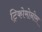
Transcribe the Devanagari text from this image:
ट्रिकोमोनोस